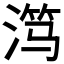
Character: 𬈏